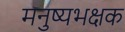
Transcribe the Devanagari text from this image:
मनुष्यभक्षक